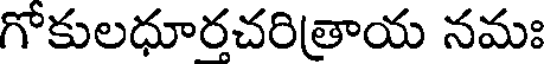
గోకులధూరచరిత్రాయ నమః